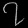
Digit: ၇